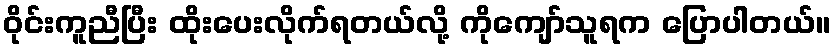
ဝိုင်းကူညီပြီး ထိုးပေးလိုက်ရတယ်လို့ ကိုကျော်သူရက ပြောပါတယ်။